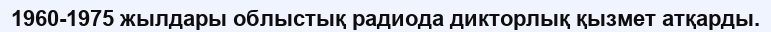
1960-1975 жылдары облыстық радиода дикторлық қызмет атқарды.